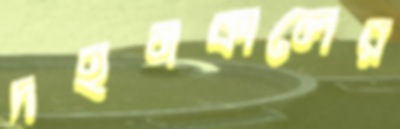
দহনকালের